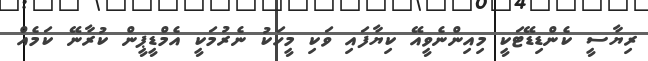
ރިޔާސީ ކެންޑިޑޭޓަކީ މިއިންނެވީއޭ ކިޔާފައި ވަކި މީހަކު ނެރުމަކީ އެމްޑީޕީން ކުރާނޭ ކަމެއް